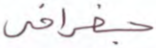
جغرافي